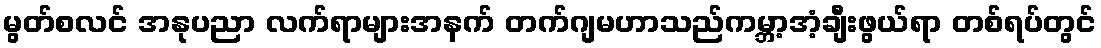
မွတ်စလင် အနုပညာ လက်ရာများအနက် တက်ဂျမဟာသည်ကမ္ဘာ့အံ့ချီးဖွယ်ရာ တစ်ရပ်တွင်